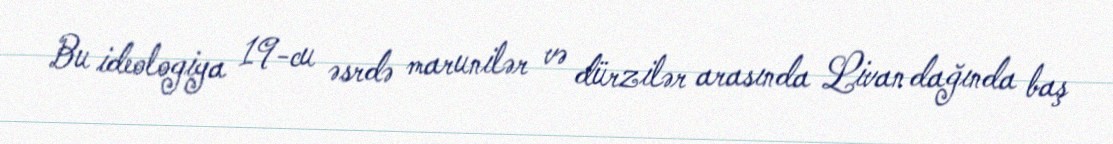
Bu ideologiya 19-cu əsrdə marunilər və dürzilər arasında Livan dağında baş